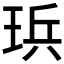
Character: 𪻤